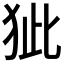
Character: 𤝭